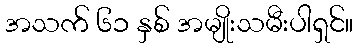
အသက် ၆၁ နှစ် အမျိုးသမီးပါရှင်။